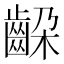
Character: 𬹵